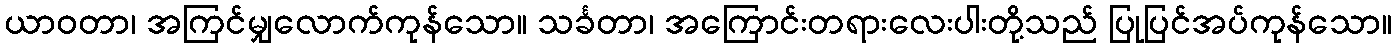
ယာဝတာ၊ အကြင်မျှလောက်ကုန်သော။ သင်္ခတာ၊ အကြောင်းတရားလေးပါးတို့သည် ပြုပြင်အပ်ကုန်သော။